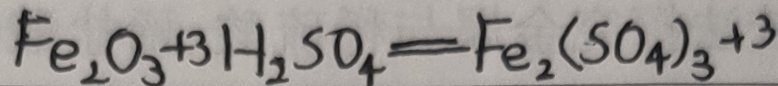
F e _ { 2 } O _ { 3 } + 3 H _ { 2 } S O _ { 4 } = F e _ { 2 } ( S O _ { 4 } ) _ { 3 } + 3